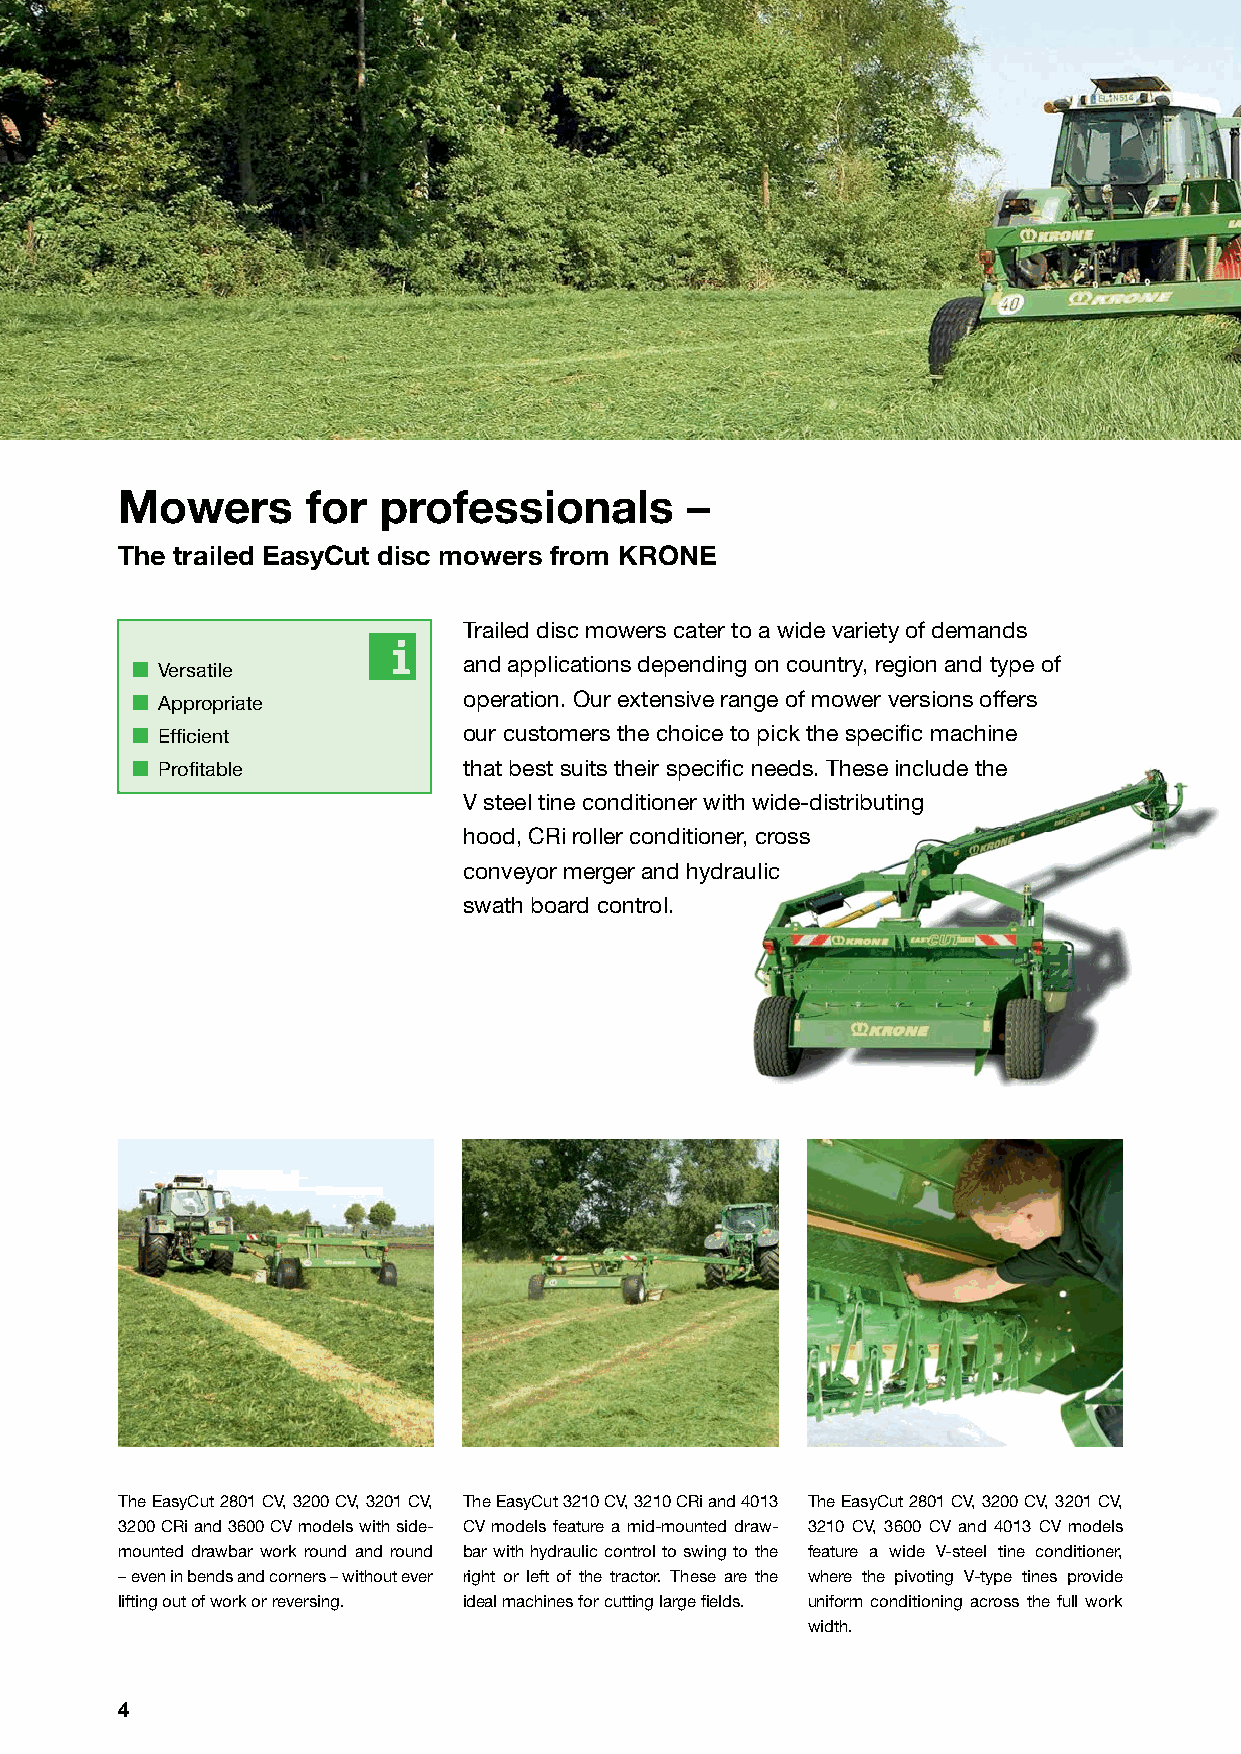
Mowers      for  professionals        –
 The trailed EasyCut disc mowers from KRONE
 Trailed disc mowers cater to a wide variety of demands
 and applications depending on country, region and type of
 Versatile
 Appropriate         operation. Our extensive range of mower versions offers
 Effi cient          our customers the choice to pick the specifi c machine
 Profi table         that best suits their specifi c needs. These include the
 V steel tine conditioner with wide-distributing
 hood, CRi roller conditioner, cross
 conveyor merger and hydraulic
 swath board control.
 The EasyCut 2801 CV, 3200 CV, 3201 CV, The EasyCut 3210 CV, 3210 CRi and 4013 The EasyCut 2801 CV, 3200 CV, 3201 CV,
 3200 CRi and 3600 CV models with side- CV models feature a mid-mounted draw- 3210 CV, 3600 CV and 4013 CV models
 mounted drawbar work round and round bar with hydraulic control to swing to the feature a wide V-steel tine conditioner,
 – even in bends and corners – without ever right or left of the tractor. These are the where the pivoting V-type tines provide
 lifting out of work or reversing. ideal machines for cutting large fi elds. uniform conditioning across the full work
 width.
 4